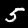
Label: 5